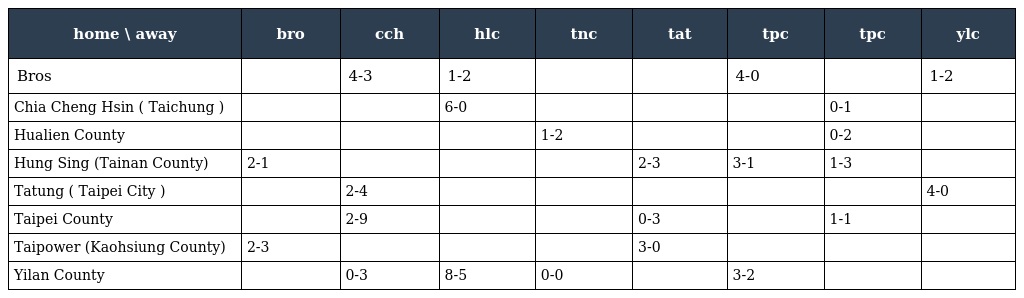
| home \ away | bro | cch | hlc | tnc | tat | tpc | tpc | ylc |
 | --- | --- | --- | --- | --- | --- | --- | --- | --- |
 | Bros |  | 4-3 | 1-2 |  |  | 4-0 |  | 1-2 |
 | Chia Cheng Hsin ( Taichung ) |  |  | 6-0 |  |  |  | 0-1 |  |
 | Hualien County |  |  |  | 1-2 |  |  | 0-2 |  |
 | Hung Sing (Tainan County) | 2-1 |  |  |  | 2-3 | 3-1 | 1-3 |  |
 | Tatung ( Taipei City ) |  | 2-4 |  |  |  |  |  | 4-0 |
 | Taipei County |  | 2-9 |  |  | 0-3 |  | 1-1 |  |
 | Taipower (Kaohsiung County) | 2-3 |  |  |  | 3-0 |  |  |  |
 | Yilan County |  | 0-3 | 8-5 | 0-0 |  | 3-2 |  |  |